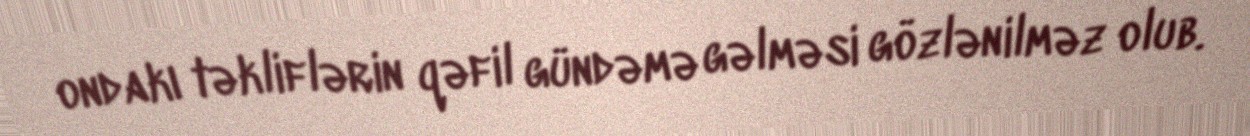
ondakı təkliflərin qəfil gündəmə gəlməsi gözlənilməz olub.